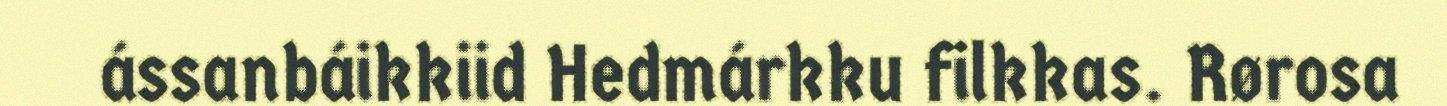
ássanbáikkiid Hedmárkku filkkas. Rørosa